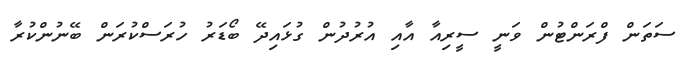
ސަތަން ފްރަންޓުން ވަނީ ސީރިއާ އާއި އުރުދުން ގުޅައިދޭ ބޯޑަރު ހުރަސްކުރަން ބޭނުންކުރާާ